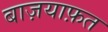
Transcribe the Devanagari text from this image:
बाज़याफ़त